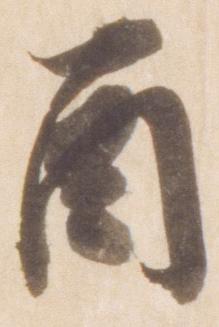
酉